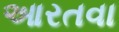
આરતવા